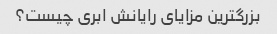
بزرگترین مزایای رایانش ابری چیست؟